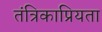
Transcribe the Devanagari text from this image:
तंत्रिकाप्रियता